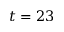
t = 2 3